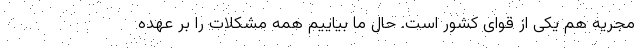
مجریه هم یکی از قوای کشور است. حال ما بیاییم همه مشکلات را بر عهده